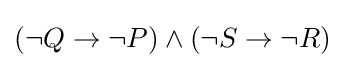
(\neg Q\to \neg P)\land (\neg S\to \neg R)